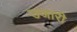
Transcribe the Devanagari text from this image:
उजारी